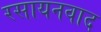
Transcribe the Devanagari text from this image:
रसायनवाद